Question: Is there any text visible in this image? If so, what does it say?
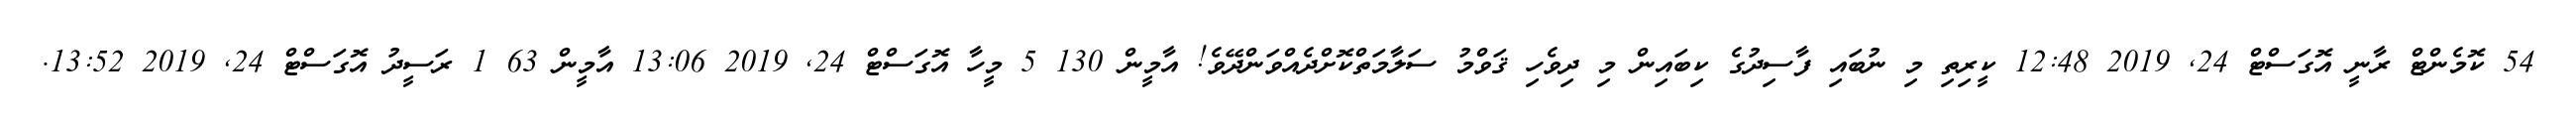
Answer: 54 ކޮމެންޓް ރާނީ އޮގަސްޓް 24, 2019 12:48 ކީރިތި މި ނުބައި ފާސިދުގެ ކިބައިން މި ދިވެހި ޤަވްމު ސަލާމަތްކޮށްދެއްވަންދޭވެ! އާމީން 130 5 މީހާ އޮގަސްޓް 24, 2019 13:06 އާމީން 63 1 ރަސީދު އޮގަސްޓް 24, 2019 13:52.